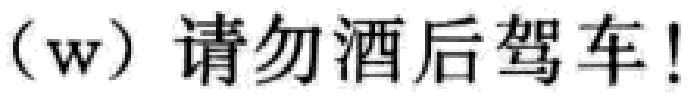
（w）请勿酒后驾车！